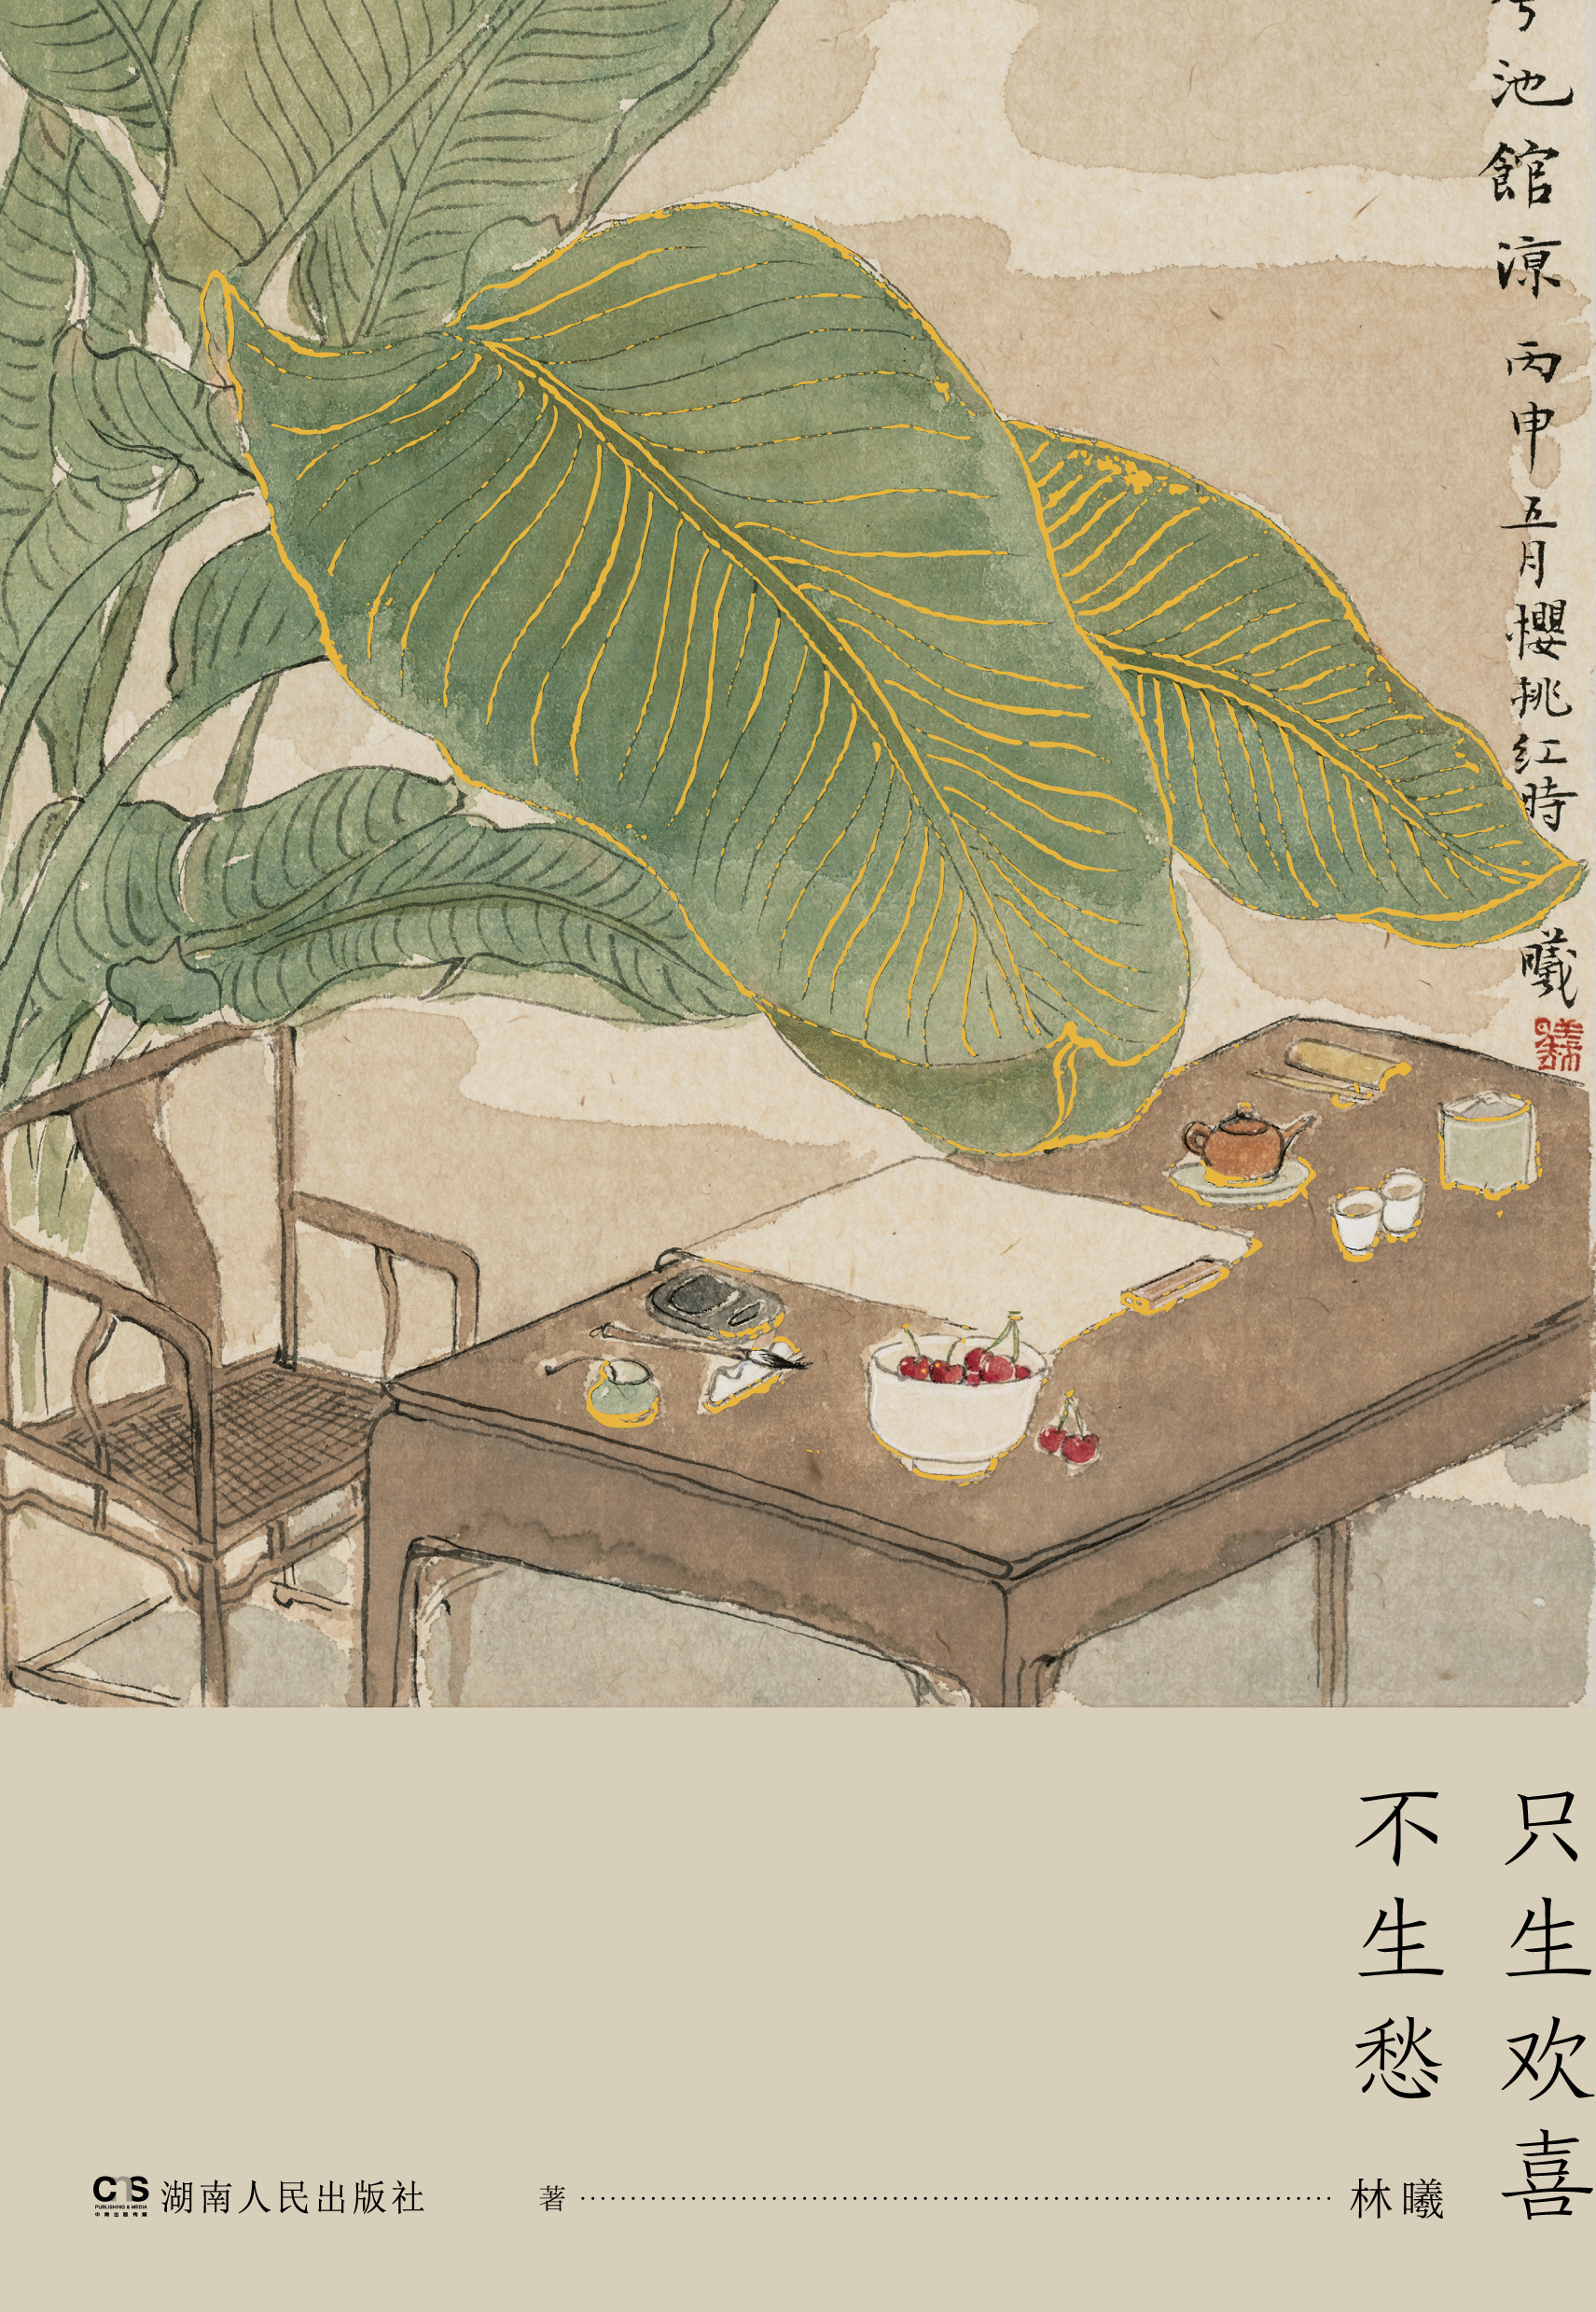
想文君望久，倚竹愁生步罗袜。